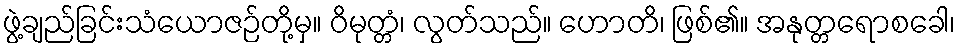
ဖွဲ့ချည်ခြင်းသံယောဇဉ်တို့မှ။ ဝိမုတ္တံ၊ လွတ်သည်။ ဟောတိ၊ ဖြစ်၏။ အနုတ္တရောစခေါ၊